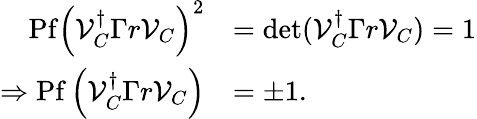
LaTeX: \begin{array}{rl}{\mathrm{Pf}\left(\mathcal{V}_{C}^{\dagger}\Gamma r\mathcal{V}_{C}\right)^{2}}&{=\operatorname*{det}(\mathcal{V}_{C}^{\dagger}\Gamma r\mathcal{V}_{C})=1}\\ {\Rightarrow\mathrm{Pf}\left(\mathcal{V}_{C}^{\dagger}\Gamma r\mathcal{V}_{C}\right)}&{=\pm 1.}\end{array}